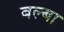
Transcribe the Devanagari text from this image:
बल्बा